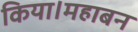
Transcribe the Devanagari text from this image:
किया।महाबन